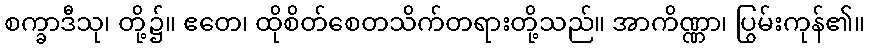
စက္ခာဒီသု၊ တို့၌။ ဧတေ၊ ထိုစိတ်စေတသိက်တရားတို့သည်။ အာကိဏ္ဏာ၊ ပြွမ်းကုန်၏။